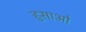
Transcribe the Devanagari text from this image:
हुसाओ